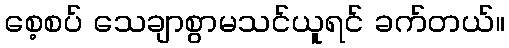
စေ့စပ် သေချာစွာမသင်ယူရင် ခက်တယ်။